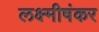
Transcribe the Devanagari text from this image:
लक्ष्मीषंकर